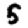
Digit: 5